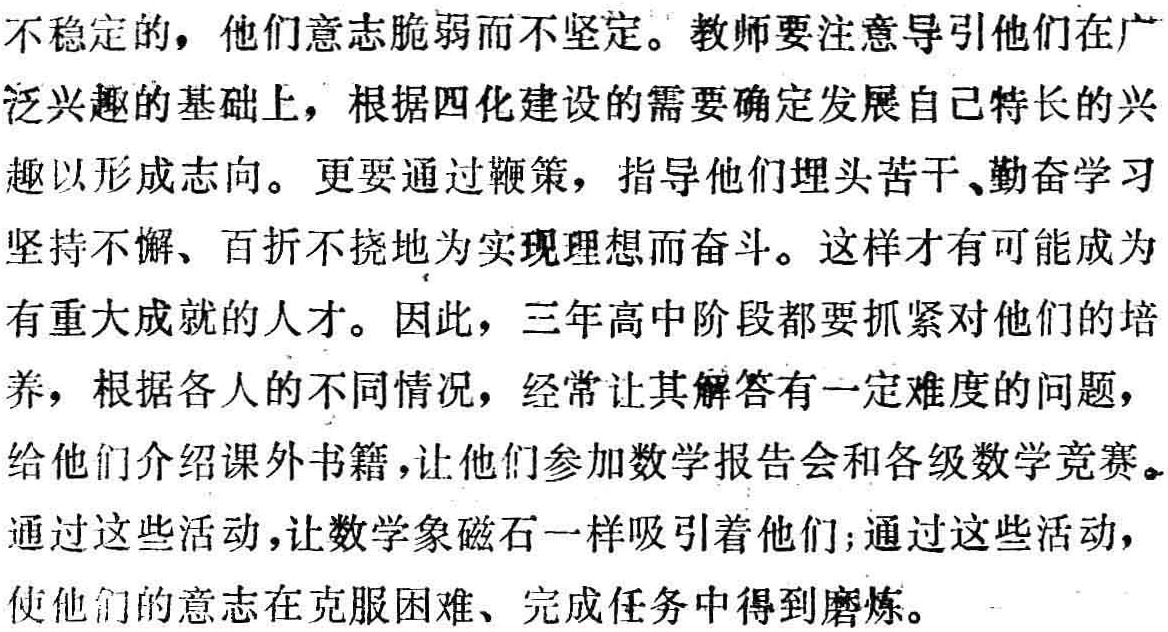
不稳定的，他们意志脆弱而不坚定。教师要注意导引他们在广泛兴趣的基础上，根据四化建设的需要确定发展自己特长的兴趣以形成志向。更要通过鞭策，指导他们埋头苦干、勤奋学习，坚持不懈、百折不挠地为实现理想而奋斗。这样才有可能成为有重大成就的人才。因此，三年高中阶段都要抓紧对他们的培养，根据各人的不同情况，经常让其解答有一定难度的问题，给他们介绍课外书籍，让他们参加数学报告会和各级数学竞赛。通过这些活动，让数学象磁石一样吸引着他们；通过这些活动，使他们的意志在克服困难、完成任务中得到磨炼。